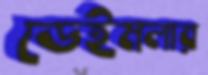
ডেইমলার